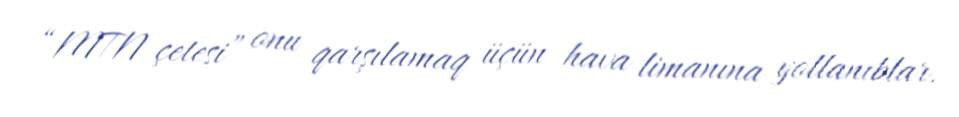
“MTN çetesi” onu qarşılamaq üçün hava limanına yollanıblar.